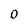
Character: 0